Lunatic asylums Madras 1892-1911 - 1892-1911
Year: 1892
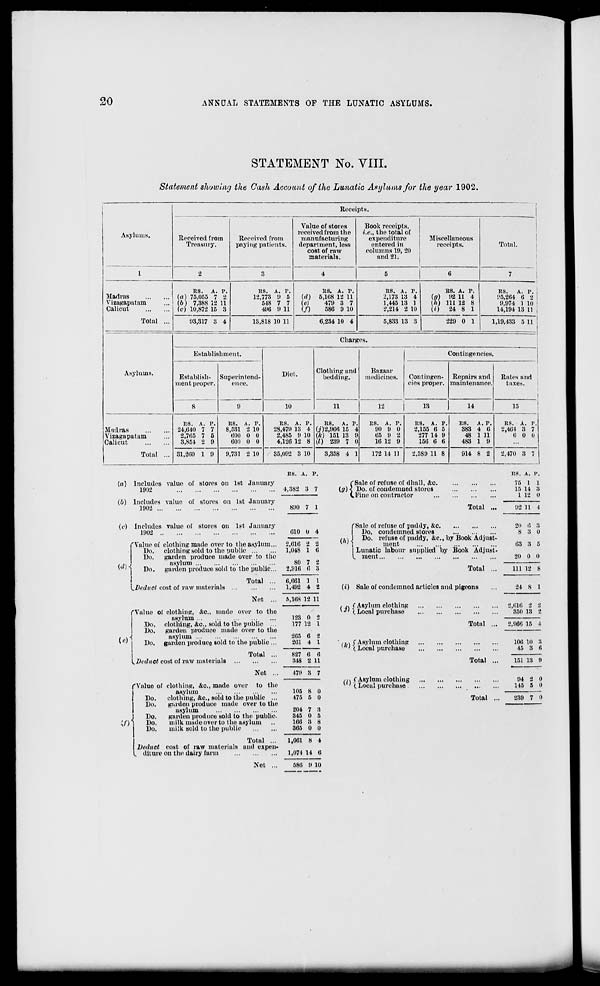
20
ANNUAL STATEMENTS OP THE LUNATIC ASYLUMS.
STATEMENT No. VIII.
Statement showing the Cash Account of the Lunatic Asylums for the year 1902.
Asylums.
Receipts.
1
1
Received from
Treasury.
Received from
paying patients.
Value of stores
received from the
manufacturing
department, less
cost of raw
materials.
Book receipts,
i.e., the total of
expenditure
entered in
columns 19, 20
and 21.
Miscellaneous
receipts.
I 1
Total.
1
1
2
3
4
5
6
7
Madras
Vizagapatain
Calicut
Total ...
RS. A. P.
(a) 75,055 7 2
(b) 7,388 12 11
(c) 10,872 15 3
RS. A. P.
12,773 9 5
548 7 7
496 9 11
ItS. A. P.
(r/) 5,108 12 11
(e)
479 3 7
(/)
586 9 10
R8. A. P.
2,173 13 4
1,445 13 1
2,214 2 10
B8. A. P.
(a) 92 11 4
(ft) 111 12 8
(«)
24 8 1
RS.
A. p.;
95,264 6 2
9,974 1 10 i
14,194 13 11 j
93,317 3 4
13,818 10 11
6,234 10 4
5,833 13 3
229 0 1
1,19,433 5 11 !
. 1
Asylums.
Charges.
Kstablishment.
Diet.
Clothing and
bedding.
Bazaar
medicines.
Contingencies.
Establish-
ment proper.
Superintend-
ence.
Contingen-
cies proper.
Repairs and
maintenance.
Rates and
taxes.
1
8
9
10
11
12
13
14
15
Madras
Vizagapatain
Calicut
Total ...
RS. A. P.
24,040 7 7
2,705 7 5
3,854 2 9
RS. A. r.
8,531 2 10
000 0 0
00:» o 0
RS. A. P.
28,479 13 4
2,485 9 10
4,126 12 8
RS. A. r.
(.7)2,966 15 1
(k) 151 13 9
(l) 239 7 (J
RS. A. r.
90 9 0
65 9 2
16 12 9
RS. A. P.
2,155 6 5
277 14 9
156 6 6
RS. A. P.
383 4 6
48 1 11
483 1 9
RS. A. P.
2,464 3 7
0 0 0
31,200 1 9
9,731 2 10
35,092 3 10
3,358 4 1
172 14 11
2.5S9 11 8
914 8 2
2,470 3 7
RS. A. P.
la) Includes value of stores on 1st January
1902
4,382 3 7
(i) Includes value of stores on 1st January
1902
890 7 1
(a)
(Sale of
\ Do. of
I Fine on
'Sale of refuse of dhall, &c.
of condemned stores
i on contractor
Total
RS. A. v.
75 1 1
15 14 3
1 12 0
92 11 I
(v) Includes value of stores on 1st January
1902
I*Value of clothing made over to the asylum...
Do,
clothing sold to the public
Do.
garden produce made over to the
asylum
y ' "I
Do.
garden produce sold to the public...
{.Deduct cost of raw materials
Total
Net
(<)
'Value of clothing, &c., made over to the
asylum
Do. clothing, &c, sold to the public ...
Do.
garden produce made over to the
asylum
Do. garden produce sold to the public ...
^Deduct cost of raw materials
Total
Net
010 0 4
2,816 2 2
1.04S 1 6
80 7 2
2,916 0 3
6,661 1 1
1,492 4 2
5,168 12 11
123 0 2
177 12 1
265
201
6 2
4 1
827
348
0 6
2 11
179 3 7
fValue of clothing, &c, made over to the
asylum
Do.
clothing, &c, sold to the public ...
Do.
garden produce made over to the
asylum
Do.
garden produce sold to the public.
;/)l
Do.
milk madooverto the asylum
Do.
milk sold to the public
Total ...
Deduct cost of raw materials and expen-
diture on the dairy farm
Net ...
105 8 0
475 5 0
204 7 3
345 0 5
166 » 8
365 0 0
1,061 8 4
1,074 14 6
580 9 10
(/')
fSale of refuse of paddy, &e
I Do. condemned stores
I Do. refuse of paddy, &c, by Book Adjust-
I
ment
I Lunatic labour supplied by Book Adjust-
L. ment
Total
(i) Sale of condemned articles and pigeons
« •% ("Asylum clothing
Vi ''(Local purchase
(Ic) ( Asylum clothing
'(Local purchase
/,» f Asylum clothing
v ' \ Local purchase .
Total ...
Total ..
Total
20 0 3
8 3 0
63 3 5
20 0 0
111 12 8
24 S 1
2,010 2
350 13
•I
•>
2,966 15 4
100 10
45 3
3
0
151 13 9
94 i
115 5
0
0
239 7 0